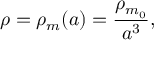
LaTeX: \rho = \rho _ { m } ( a ) = { \frac { \rho _ { m _ { 0 } } } { a ^ { 3 } } } ,